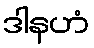
ဒါနဟံ